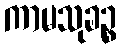
ကာမသုခဉ္စ